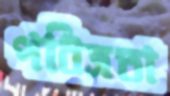
পবিত্রতা